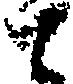
と